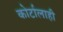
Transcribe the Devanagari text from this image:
कोर्टालाही